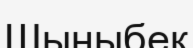
Шыныбек